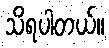
သိရပါတယ်။